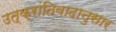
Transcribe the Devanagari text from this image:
उत्क्रांतिवादानुसार